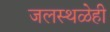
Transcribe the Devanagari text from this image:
जलस्थळेही